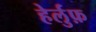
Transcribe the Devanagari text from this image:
हेर्लुफ़